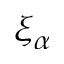
\xi _ { \alpha }